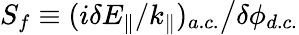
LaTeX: S_{f}\equiv(i\delta E_{\parallel}/k_{\parallel})_{a.c.}\big/\delta\phi_{d.c.}